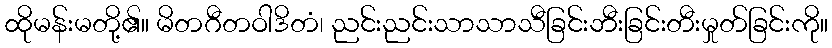
ထိုမန်းမတို့၏။ မိတဂီတဝါဒိတံ၊ ညင်းညင်းသာသာသီခြင်းဘီးခြင်းတီးမှုတ်ခြင်းကို။